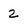
Character: 2